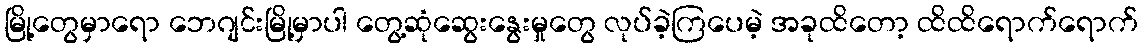
မြို့တွေမှာရော ဘေဂျင်းမြို့မှာပါ တွေ့ဆုံဆွေးနွေးမှုတွေ လုပ်ခဲ့ကြပေမဲ့ အခုထိတော့ ထိထိရောက်ရောက်